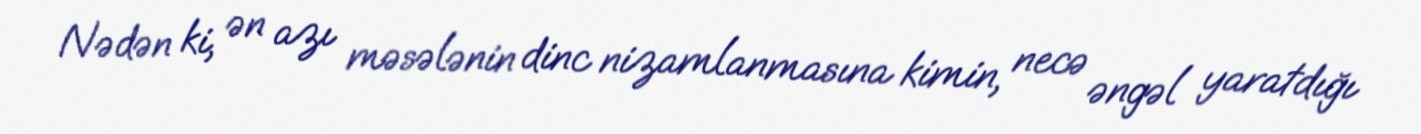
Nədən ki, ən azı məsələnin dinc nizamlanmasına kimin, necə əngəl yaratdığı